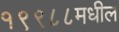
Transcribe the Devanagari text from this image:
१९९८८मधील